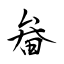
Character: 畚